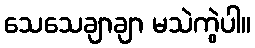
သေသေချာချာ မသဲကွဲပါ။